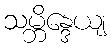
သမ္ဘိန္ဒေယျ